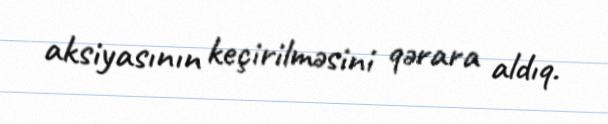
aksiyasının keçirilməsini qərara aldıq.